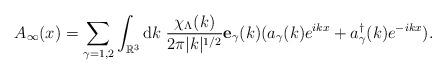
LaTeX: \begin{align*}A_{\infty}(x) = \sum_{\gamma=1,2} \int_{\mathbb{R}^3} \mathrm{d}k \; \frac{\chi_{\Lambda}(k)}{2\pi |k|^{1/2}} \mathbf{e}_{\gamma}(k) (a_{\gamma}(k) e^{i kx} + a^{\dagger}_{\gamma}(k) e^{-ikx}).\end{align*}